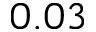
0 . 0 3